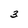
Character: 3